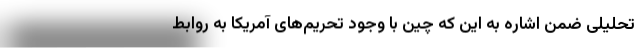
تحلیلی ضمن اشاره به این که چین با وجود تحریم‌های آمریکا به روابط